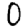
Digit: 0